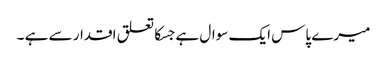
میرے پاس ایک سوال ہے جسکا تعلق اقدار سے ہے ۔